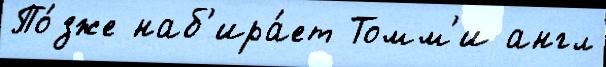
По́зже наб'ира́ет Томм'и англ